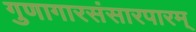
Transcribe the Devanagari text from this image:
गुणागारसंसारपारम्